Annual report on the lock hospitals of the Madras Presidency
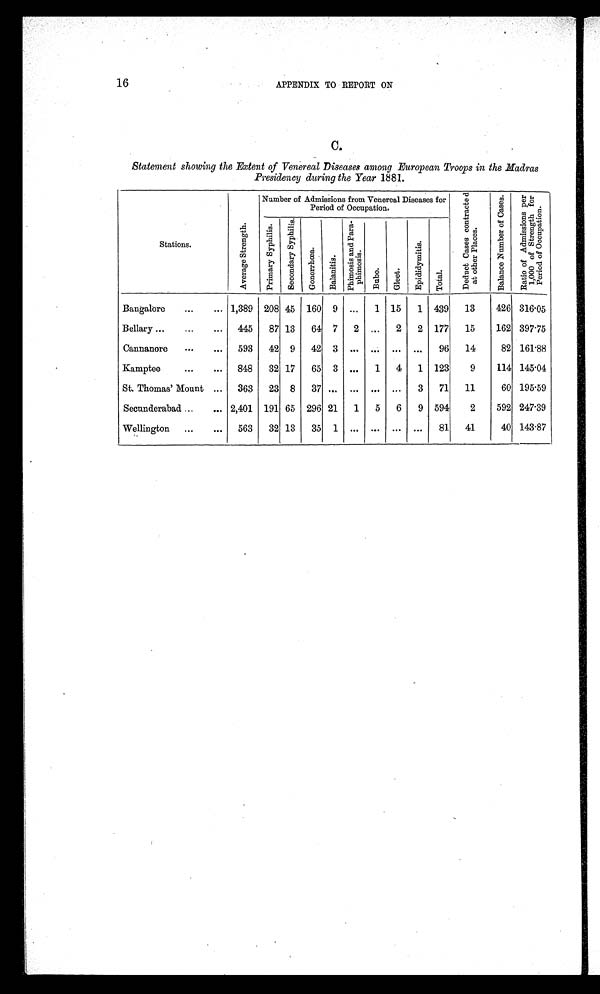
16
APPENDIX TO REPORT ON
Statement showing the Extent of Venereal Diseases among European Troops in the Madras
Presidency during the Year 1881.
Stations.
A v e r a g e S t r e n g t h
Number of Admissions from Venereal Diseases for
Period of Occupation.
D e d n o t C a s e s c o n t r a c t e d a t o t h e r P l a c e s .
B a l a n c e N u m b e r o f C a s e s .
R a t i o o f A d m i s s i o n s p e r 1 , 0 0 0 o f S t r e n g t h f o r p e r i o d o f O c c u p a t i o n .
P r i m a r y S y p h y l i s .
S e c o n d a r y S y p h i l i s
G o n o r r h œ a
B a l a n i t i s .
P h i m o s i s a n d P a r a p h i m o s i s .
B u b o .
G l e e t .
E p i d i d y m i t i s .
T o t a l .
Bangalore
...
... 1,389 208 45 160 9
...
1 15
1 439
13
426 316.05
Bellary ...
...
...
445
87 13
64 7
2
...
2
2 177
15
162 397.75
Cannanore
...
...
593
42 9
42 3
...
...
...
...
96
14
82 161.88
Kamptee
...
...
848
32 17
65 3
...
1
4
1 123
9
114 145.04
St. Thomas' Mount ...
363
23 8
37 ...
...
...
...
3
71
11
60 195.59
Secunderabad ...
... 2,401 191 65 296 21
1
5
6
9 594
2
592 247.39
Wellington
...
...
563
32 13
35
1
...
...
...
...
81
41
40 143.87